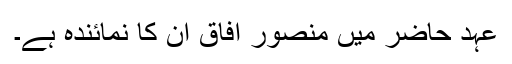
عہدِ حاضر میں منصور آفاق ان کا نمائندہ ہے۔